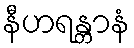
နီဟရန္တာနံ